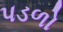
પડળો